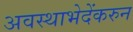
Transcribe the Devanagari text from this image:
अवस्थाभेदेंकरुन